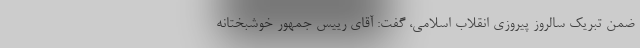
ضمن تبریک سالروز پیروزی انقلاب اسلامی، گفت: آقای رییس جمهور خوشبختانه